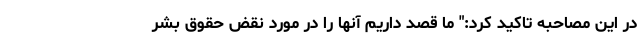
در این مصاحبه تاکید کرد:" ما قصد داریم آنها را در مورد نقض حقوق بشر